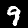
Digit: 9